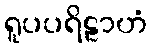
ရူပပရိဠာဟံ